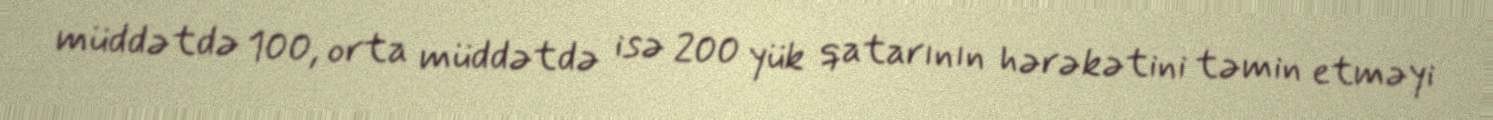
müddətdə 100, orta müddətdə isə 200 yük qatarının hərəkətini təmin etməyi